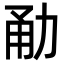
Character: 勈